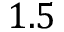
1 . 5